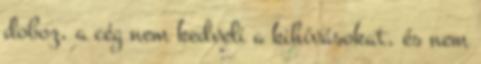
doboz, a cég nem kedveli a kihívásokat, és nem